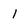
Character: 1